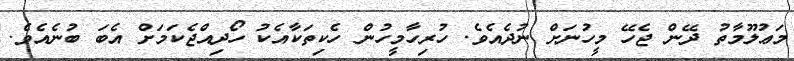
މަޢުލޫމާތު ދޭން ޖެހޭ މީހުނަށް ނުދެއެވެ. ހުރިހާމީހުން ހެކިތަކާއެކު ހޯދިއްޖެކަމަށް އެބަ ބުނެއެވެ.